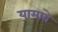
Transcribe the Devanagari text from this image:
यामाबे